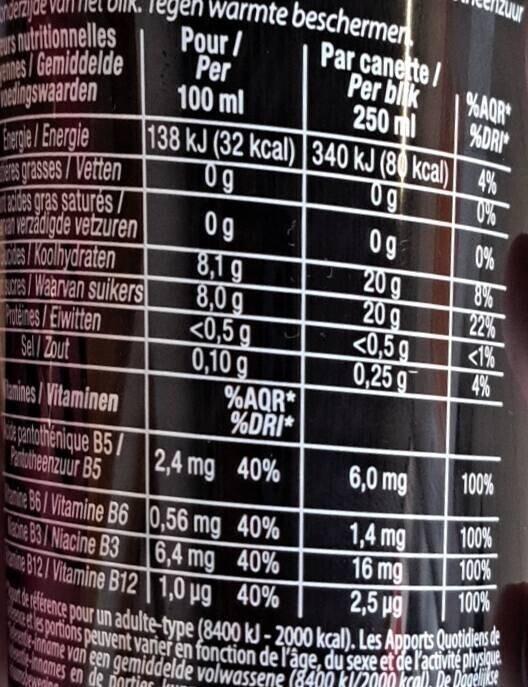
s nutritionnelles
enes/Gemiddelde edingswaarden
Energie Energie
eres grasses/Vetten
acides gras saturés/
an verzadigde vetzuren
des Koolhydraten
Tegen warmte beschermen Pour/ Per 100 ml
Og
8,1 g
8,0 g
138 kJ (32 kcal) 340 kJ (80 kcal) 4%
0g
Og
0%
sores/Waarvan suikers
Proteines/Eiwitten
Sel Zout
amines Vitaminen
pantothenique B5/2,4 mg 40%
Pantotheenzuur B5
<0,5 g
0,10 g
Par canette/ Per bilk
250 ml
%AQR*
%DRI*
Og
20 g
%AQR
%DRI
20 g
<0,5 g
0,25 g
0%
8%
22%
4%
6,0 mg
in B6/ Vitamine B6
0,56 mg 40%
1,4 mg
ne 83/ Niacine B3
6,4 mg 40%
16 mg
2,5 μg
ne B12/Vitamine B12 1,0 µg 40% de reference pour un adulte-type (8400 kJ-2000 kcal). Les Apports Quotidiens de -inname van een gemiddelde volwassene (8400 kl/2000kcal). De Dagelijkse es portions peuvent varier en fonction de l'âge, du sexe et de l'activité physique
nomes en de partier bewering
100%
100%
100%
100%